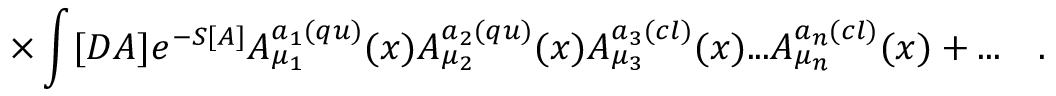
\times \int [ D A ] e ^ { - S [ A ] } A _ { \mu _ { 1 } } ^ { a _ { 1 } ( q u ) } ( x ) A _ { \mu _ { 2 } } ^ { a _ { 2 } ( q u ) } ( x ) A _ { \mu _ { 3 } } ^ { a _ { 3 } ( c l ) } ( x ) . . . A _ { \mu _ { n } } ^ { a _ { n } ( c l ) } ( x ) + . . . \quad .